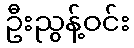
ဦးညွန့်ဝင်း